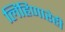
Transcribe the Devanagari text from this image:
लिहिणारेही